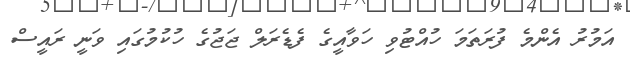
އަމުރު އެންމެ ފުރަތަމަ ހުއްޓުވި ހަވާއީގެ ފެޑެރަލް ޖަޖުގެ ހުކުމުގައި ވަނީ ރައީސް